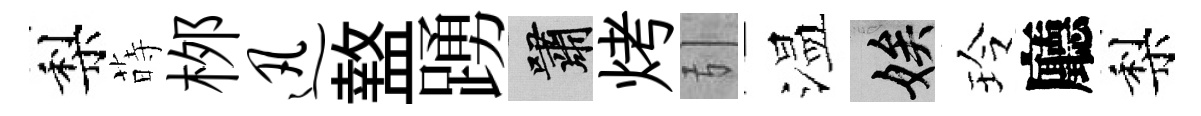
梨蒔桞迅盩踴嘯烤引温娭玲廳梨